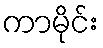
ကာမိုင်း